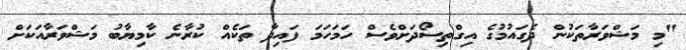
"މި މަޝްވަރާތަކުން ދެގައުމުގެ އިގްތިސޯދަށްވެސް ހަމަހަމަ ފައިދާ ތަކެއް ކުރާނެ ކާމިޔާބު މަޝްވަރާއަކަށް